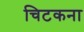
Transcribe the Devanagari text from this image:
चिटकना